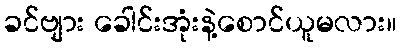
ခင်ဗျား ခေါင်းအုံးနဲ့စောင်ယူမလား။